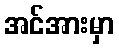
အင်အားမှာ